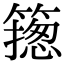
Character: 𥳺